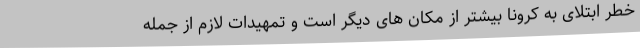
خطر ابتلای به کرونا بیشتر از مکان های دیگر است و تمهیدات لازم از جمله